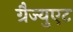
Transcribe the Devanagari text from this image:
ग्रैज्युएट